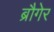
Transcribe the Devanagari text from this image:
ब्रौगेर